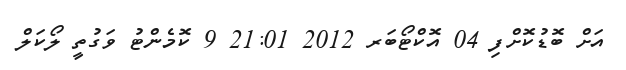
އަށް ބޮޑުކޮށްފި 04 އޮކްޓޯބަރ 2012 21:01 9 ކޮމެންޓު ވަގުތީ ލޯކަލް